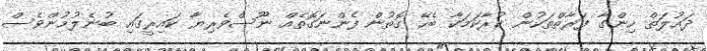
ދައުލަތް ހިންގާ ފަރާތްތަކުން ކުރާކަމަކާ ބެހޭ ގޮތުން ފެންނަގޮތެއް ނޫސްވެރިޔާ ކައިރީގައި ބުނެލުމުންވެސް